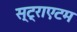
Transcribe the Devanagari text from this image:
स्ट्राएटम